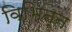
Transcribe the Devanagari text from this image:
विभिन्‍न